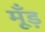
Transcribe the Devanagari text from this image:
मूँड़